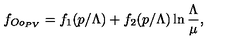
f _ { O o _ { P V } } = f _ { 1 } ( p / \Lambda ) + f _ { 2 } ( p / \Lambda ) \ln \frac { \Lambda } { \mu } ,